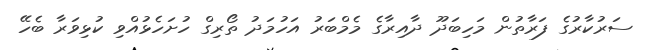
ސަރުކާރުގެ ފަރާތުން މަހިބަދޫ ދާއިރާގެ މެމްބަރު އަހުމަދު ތޯރިގް ހުށަހެޅުއްވި ކުޅިވަރާ ބެހޭ